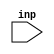
module disp(inp);
    input [15:0] inp;

    initial 
        $monitor("decimal %-8d hex %06h octal %o binary %b", inp, inp, inp, inp);
    
endmodule